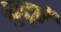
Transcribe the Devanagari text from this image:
बहुएॅ